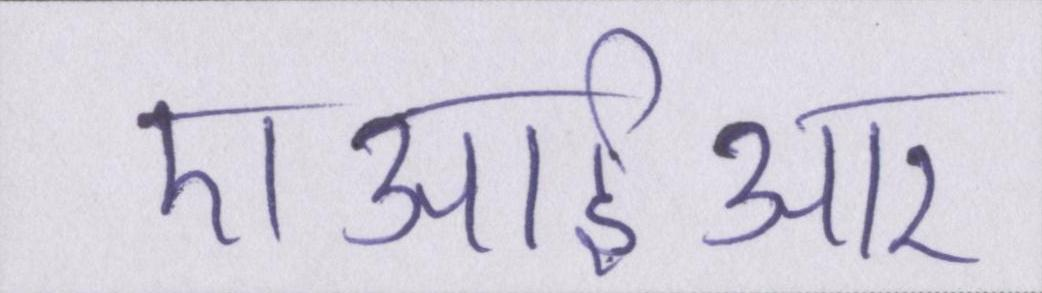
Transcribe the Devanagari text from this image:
एआईआर